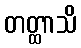
တတ္ထာသိ